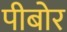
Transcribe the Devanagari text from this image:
पीबोर